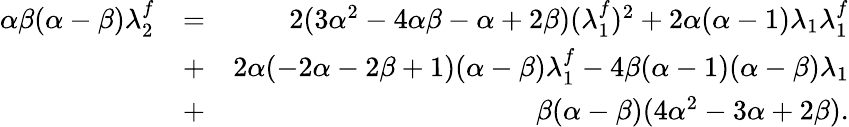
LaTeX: \begin{array}{rlr}{\alpha\beta(\alpha-\beta)\lambda_{2}^{f}}&{=}&{2(3\alpha^{2}-4\alpha\beta-\alpha+2\beta)(\lambda_{1}^{f})^{2}+2\alpha(\alpha-1)\lambda_{1}\lambda_{1}^{f}}\\ &{+}&{2\alpha(-2\alpha-2\beta+1)(\alpha-\beta)\lambda_{1}^{f}-4\beta(\alpha-1)(\alpha-\beta)\lambda_{1}}\\ &{+}&{\beta(\alpha-\beta)(4\alpha^{2}-3\alpha+2\beta).}\end{array}